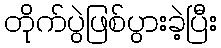
တိုက်ပွဲဖြစ်ပွားခဲ့ပြီး